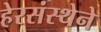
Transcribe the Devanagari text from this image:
हेरसंस्थेने